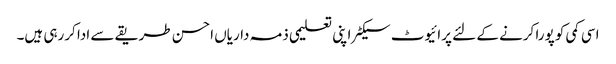
اسی کمی کو پورا کرنے کے لئے پرائیوٹ سیکٹر اپنی تعلیمی ذمہ داریاں احسن طریقے سے ادا کررہی ہیں۔